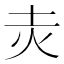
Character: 灻